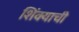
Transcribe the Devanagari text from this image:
शिंक्याची